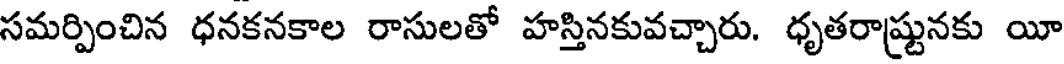
సమర్పించిన ధనకనకాల రాసులతో హస్తినకువచ్చారు. ధృతరాష్టునకు యీ